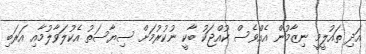
އަދި ތައުލީމީ ނިޒާމުން އެއްވެސް ކުއްޖަކު ބާކީ ނުކުރުމަށް ސިޔާސަތު އެކުލަވާލުމާއި އަރަބި